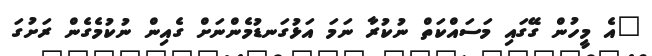
"އެ މީހުން ގޭގައި މަސައްކަތް ނުކުރާ ނަމަ އަޅުގަނޑުމެންނަށް ގެއިން ނުކުމެގެން ރަށުގަ